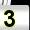
Digit: 3